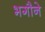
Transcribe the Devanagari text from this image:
भगौने